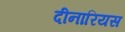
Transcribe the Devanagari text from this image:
दीनारियस